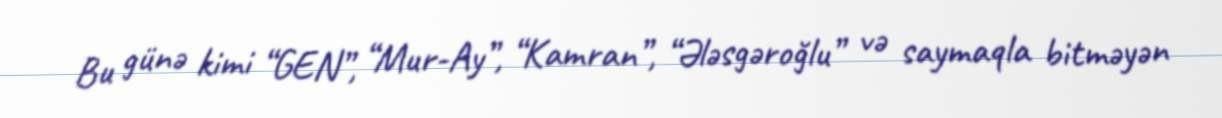
Bu günə kimi “GEN”, “Mur-Ay”, “Kamran”, “Ələsgəroğlu” və saymaqla bitməyən